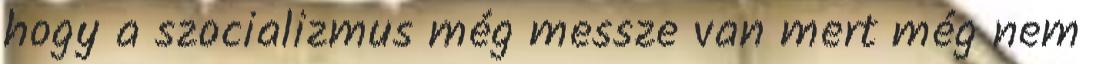
hogy a szocializmus még messze van mert még nem